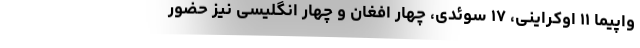
واپیما ۱۱ اوکراینی، ۱۷ سوئدی، چهار افغان و چهار انگلیسی نیز حضور